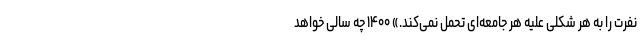
نفرت را به هر شکلی علیه هر جامعه‌ای تحمل نمی‌کند.» ۱۴۰۰ چه سالی خواهد